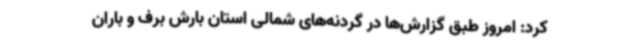
کرد: امروز طبق گزارش‌ها در گردنه‌های شمالی استان بارش برف و باران